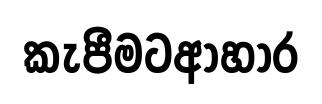
කැපීමටආහාර